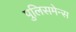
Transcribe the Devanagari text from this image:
पुलिसमेन्स